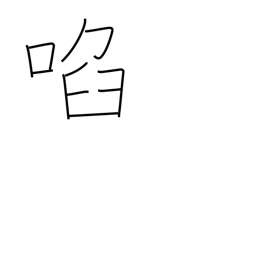
Meaning: allure